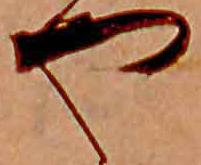
や